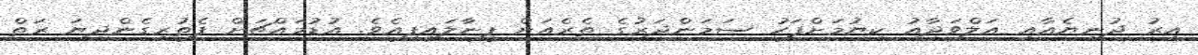
އިރު ދުނިޔެއާއި އަލްވަދާއު ކިޔުމަށްފަހު ސަމަންދަރުގެ ތެރެއަށް ފީނާލައިފިއެވެ. އުޑުމައްޗަށް ފެތުރިގެންދިޔަ ރަތް